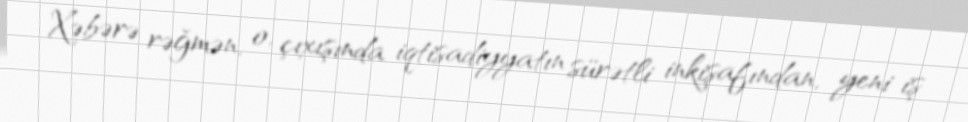
Xəbərə rəğmən, o, çıxışında iqtisadiyyatın sürətli inkişafından, yeni iş